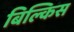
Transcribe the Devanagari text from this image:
बिल्किस